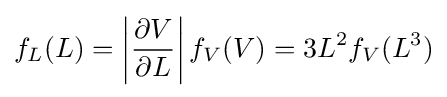
f_{L}(L)=\left|{\partial V \over \partial L}\right|f_{V}(V)=3L^{2}f_{V}(L^{3})